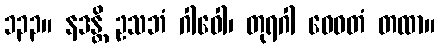
၁၃၃။ နဒန္တိ ဥသဘံ ဂါဝေါ၊ တုရဂါ ဓေဝတံ တထာ။